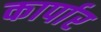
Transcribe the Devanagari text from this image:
कार्पार